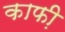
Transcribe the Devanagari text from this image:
काफी़